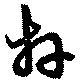
拜